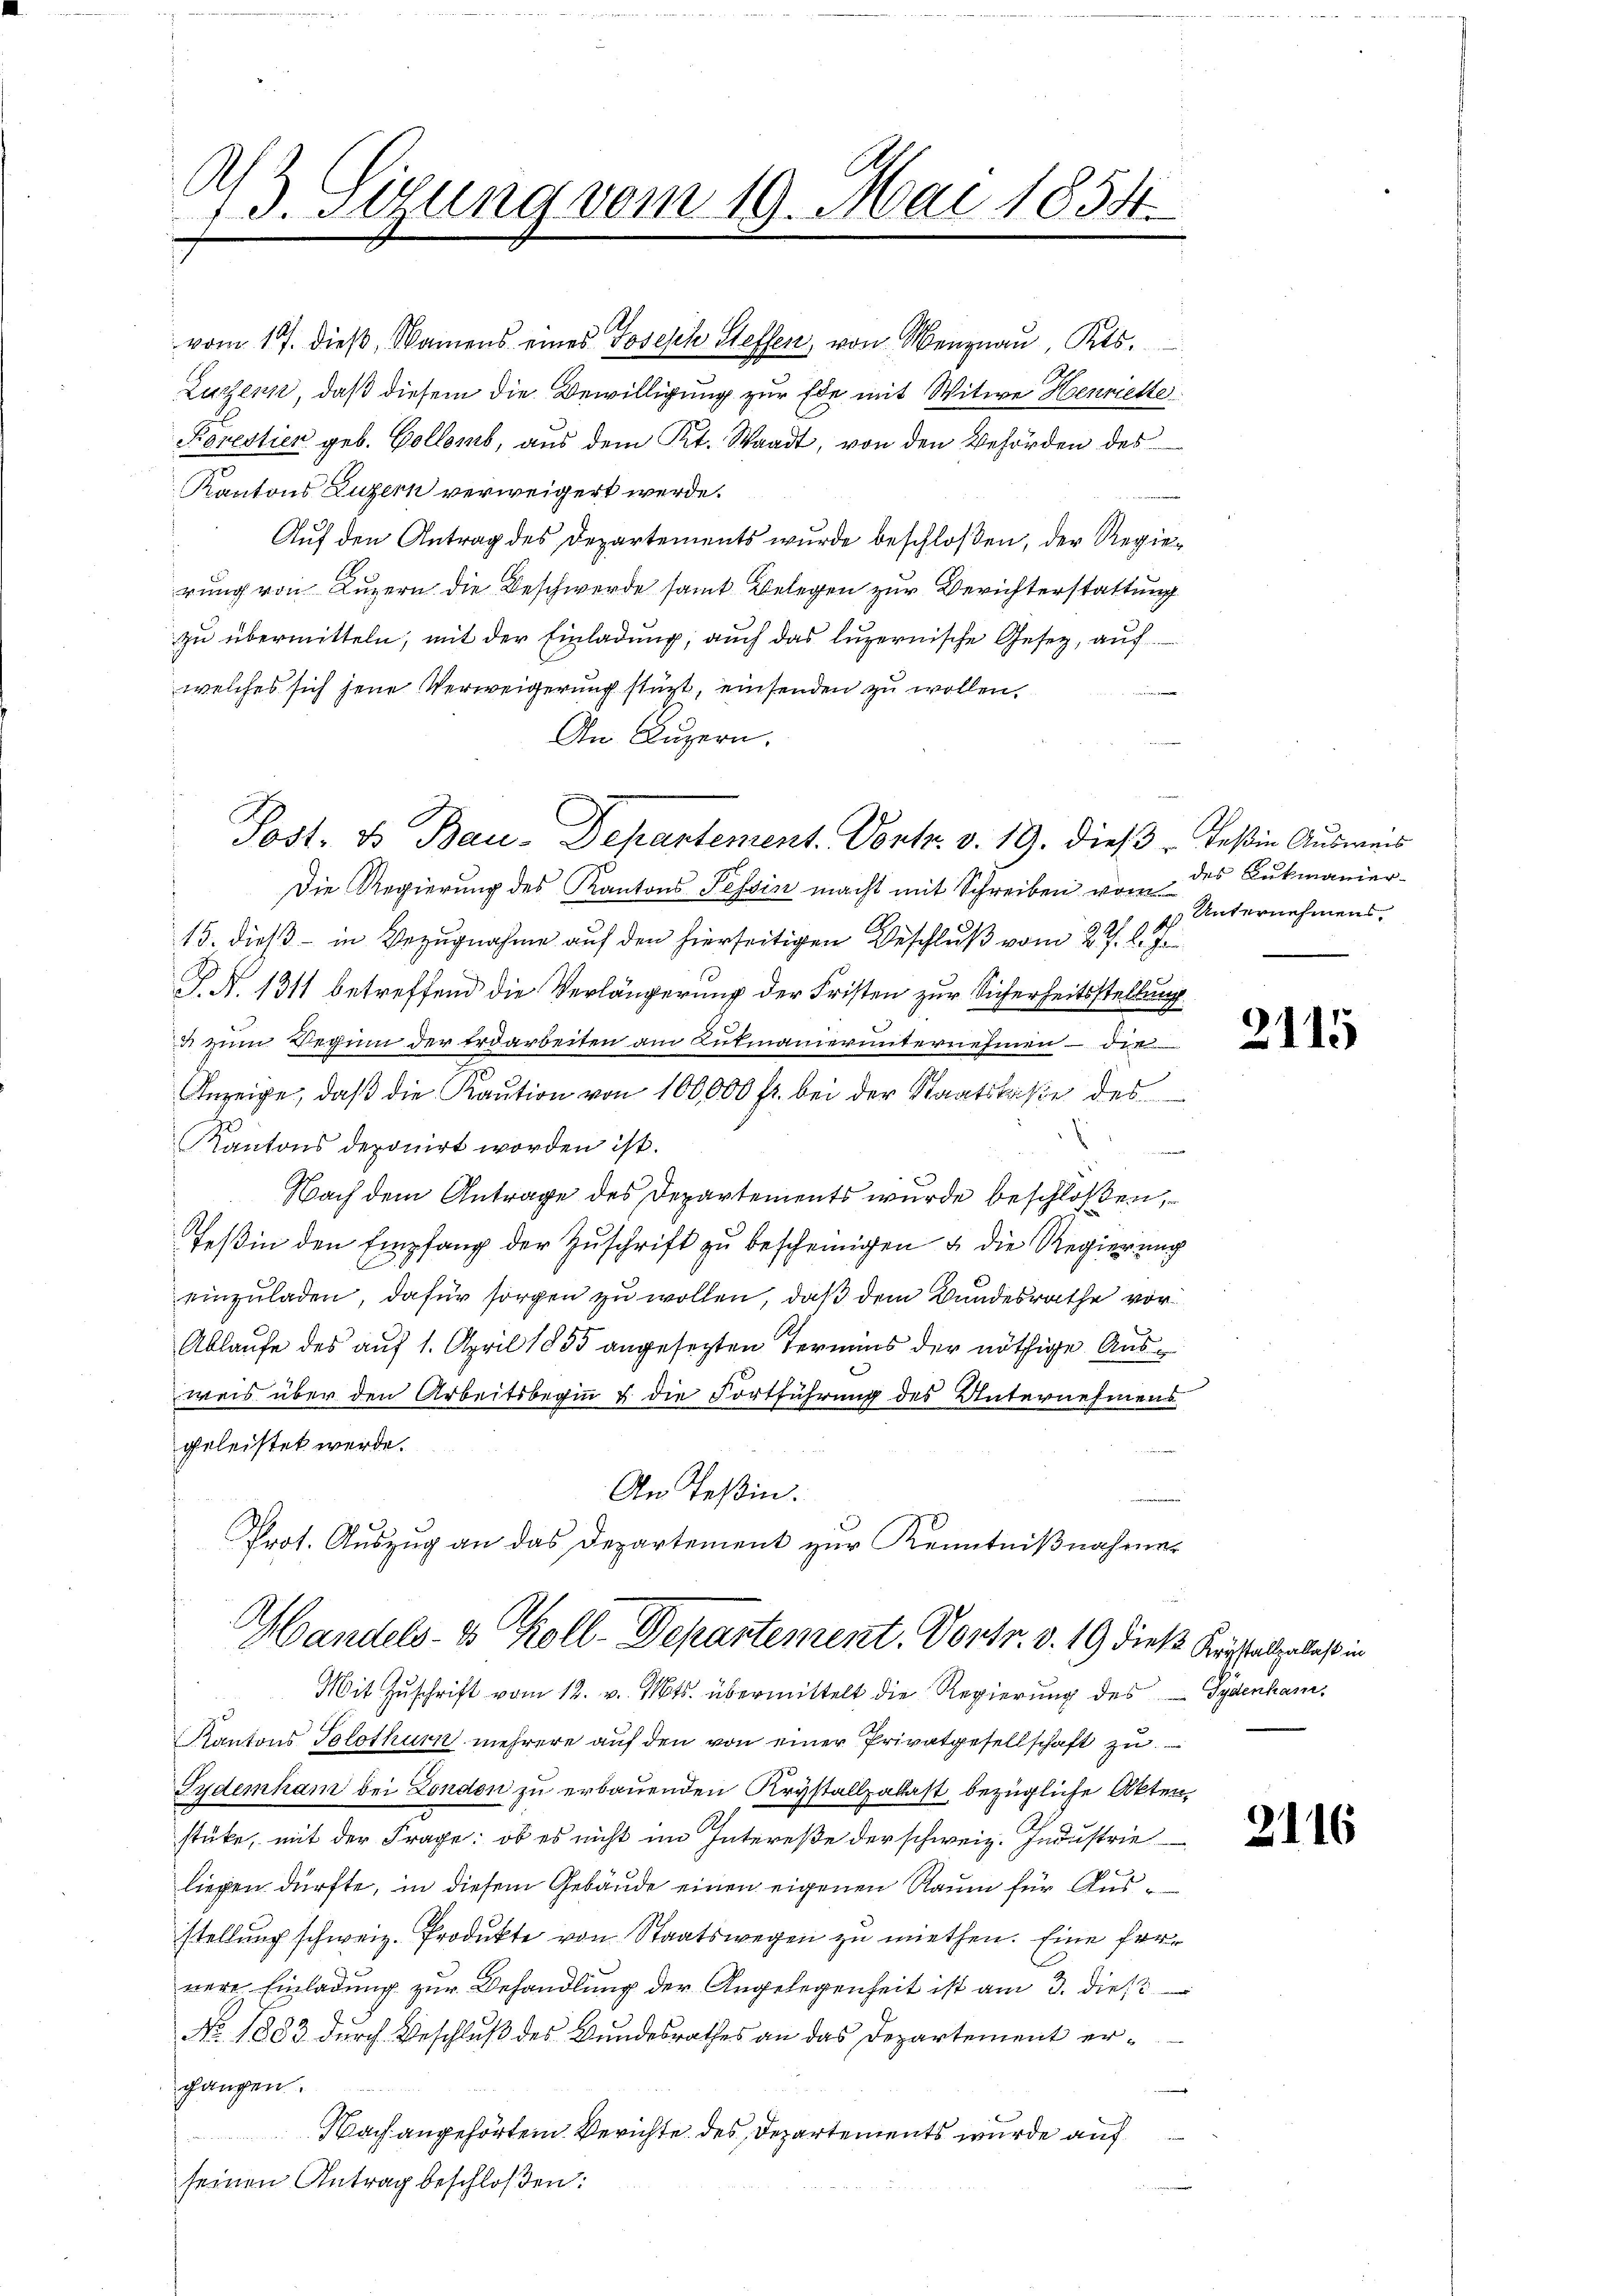
s
13. Stung vom 19. Mai 1854.

vom 17. dieß, Namens eines Joseph Steffen, von Menznau, Kts.
Luzern, daß diesem die Bewilligung zur Ehe mit Witwe Henriettei
Korestien geb. Collomb, aus dem Kt. Waadt, von den Behörden des
Kantons Luzern verweigert werde.
Auf den Antrag des Departements wurde beschloßen, der Regierung von Luzern die Beschwerde samt Belegen zur Berichterstattung
zu übermitteln, mit der Einladung, auch das luzernische Gesetz, auf
welches sich seine Verweigerung stürt, einsenden zu wollen,
An Luzern.

Post. B. Bau-Departement. Vortr. v. 19. dieß, Teßin Ausweis

Handels- & Koll-Departement. Vortr. d. 19 dieß Kreistet, dass in
Mit Zuschrift vom 12. v. Mts. übermittelt die Regierung des Gydenham.

Kantons Solothur mehrere auf den von einer Privatgesellschaft zu
Fydemham bei London zu erbauenden Krystallzalast bezügliche Akten
stüke, mit der Frage: ob es nicht im Intereße der schweiz. Industrie
liegen dürfte, in diesem Gebäude einen eigenen Raum für Ausstellung schweiz. Produkte von Staatswegen zu miethen. Eine fernere Einladung zur Behandlung der Angelegenheit ist am 3. dies
No. 1883 durch Beschluß des Bundesrathes an das Departement ergangen.
Nach angehörtem Berichte des Departements wurde auf
seinen Antrag beschloßen:

Die Regierung des Kantons Tessin macht mit Schreiben vom
15. dieß – in Bezugnahme auf den hierseitigen Beschluß vom 27. d. J.
J. N. 1311 betreffend die Verlängerung der Fristen zur Sicherheitsstellung
 zum Beginn der Erdarbeiten am Gutmanierunternehmen – die
Anzeige, daβ die Kaŭtion von 100,000 fr. bei der Staatskasse des
2
Kantons deponirt worden ist.
e
Nach dem Antrage des Departements wurde beschloßen,
Teßin den Empfang der Zŭschrift zu bescheinigen & die Regierung
einzuladen, dafür sorgen zu wollen, daß dem Bundesrathe vor¬
Ablaufe des auf 1. April 1855 angesetzten Termins der nöthige Ausweis über den Arbeitsbeginn & die Fortführung des Unternehmens
geleistet werde.
An Teßin.
Prot. Auszug an das Departement zur Kenntnißnahme.

des Lukmanier-
 Unternehmens.

2115

2116